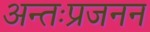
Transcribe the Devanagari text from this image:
अन्तःप्रजनन